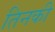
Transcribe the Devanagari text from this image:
तिनकी